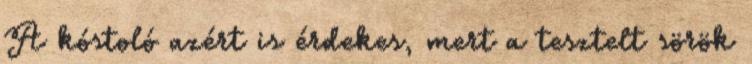
A kóstoló azért is érdekes, mert a tesztelt sörök